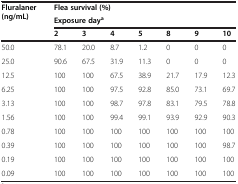
<table><thead><tr><td rowspan="2"><b>Fluralaner (ng/mL)</b></td><td colspan="7"><b>Flea survival (%)</b></td></tr><tr><td colspan="7"><b>Exposure day<sup>a</sup></b></td></tr><tr><td><b> </b></td><td><b>2</b></td><td><b>3</b></td><td><b>4</b></td><td><b>5</b></td><td><b>8</b></td><td><b>9</b></td><td><b>10</b></td></tr></thead><tbody><tr><td>50.0</td><td>78.1</td><td>20.0</td><td>8.7</td><td>1.2</td><td>0</td><td>0</td><td>0</td></tr><tr><td>25.0</td><td>90.6</td><td>67.5</td><td>31.9</td><td>11.3</td><td>0</td><td>0</td><td>0</td></tr><tr><td>12.5</td><td>100</td><td>100</td><td>67.5</td><td>38.9</td><td>21.7</td><td>17.9</td><td>12.3</td></tr><tr><td>6.25</td><td>100</td><td>100</td><td>97.5</td><td>92.8</td><td>85.0</td><td>73.1</td><td>69.7</td></tr><tr><td>3.13</td><td>100</td><td>100</td><td>98.7</td><td>97.8</td><td>83.1</td><td>79.5</td><td>78.8</td></tr><tr><td>1.56</td><td>100</td><td>100</td><td>99.4</td><td>99.1</td><td>93.9</td><td>92.9</td><td>90.3</td></tr><tr><td>0.78</td><td>100</td><td>100</td><td>100</td><td>100</td><td>100</td><td>100</td><td>100</td></tr><tr><td>0.39</td><td>100</td><td>100</td><td>100</td><td>100</td><td>100</td><td>100</td><td>98.7</td></tr><tr><td>0.19</td><td>100</td><td>100</td><td>100</td><td>100</td><td>100</td><td>100</td><td>100</td></tr><tr><td>0.09</td><td>100</td><td>100</td><td>100</td><td>100</td><td>100</td><td>100</td><td>100</td></tr></tbody></table>